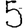
Digit: 5